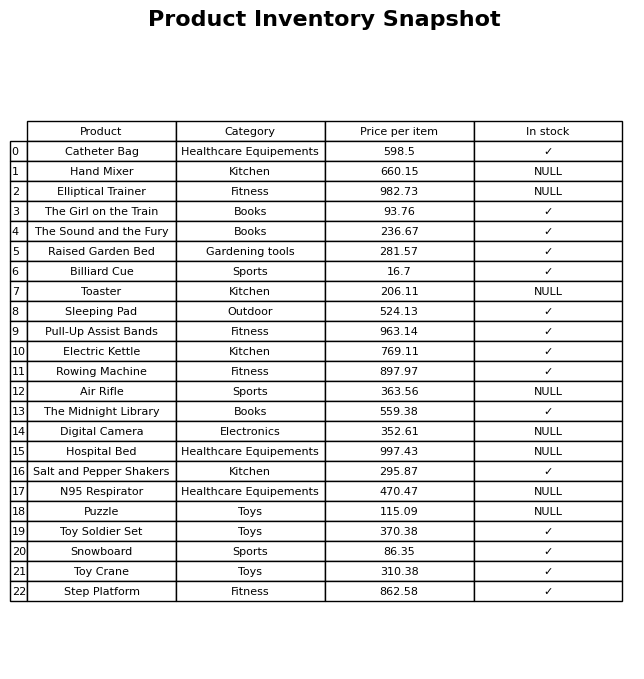
question: What is the price of the Step Platform?
answer: The price of Step Platform is 862.58.